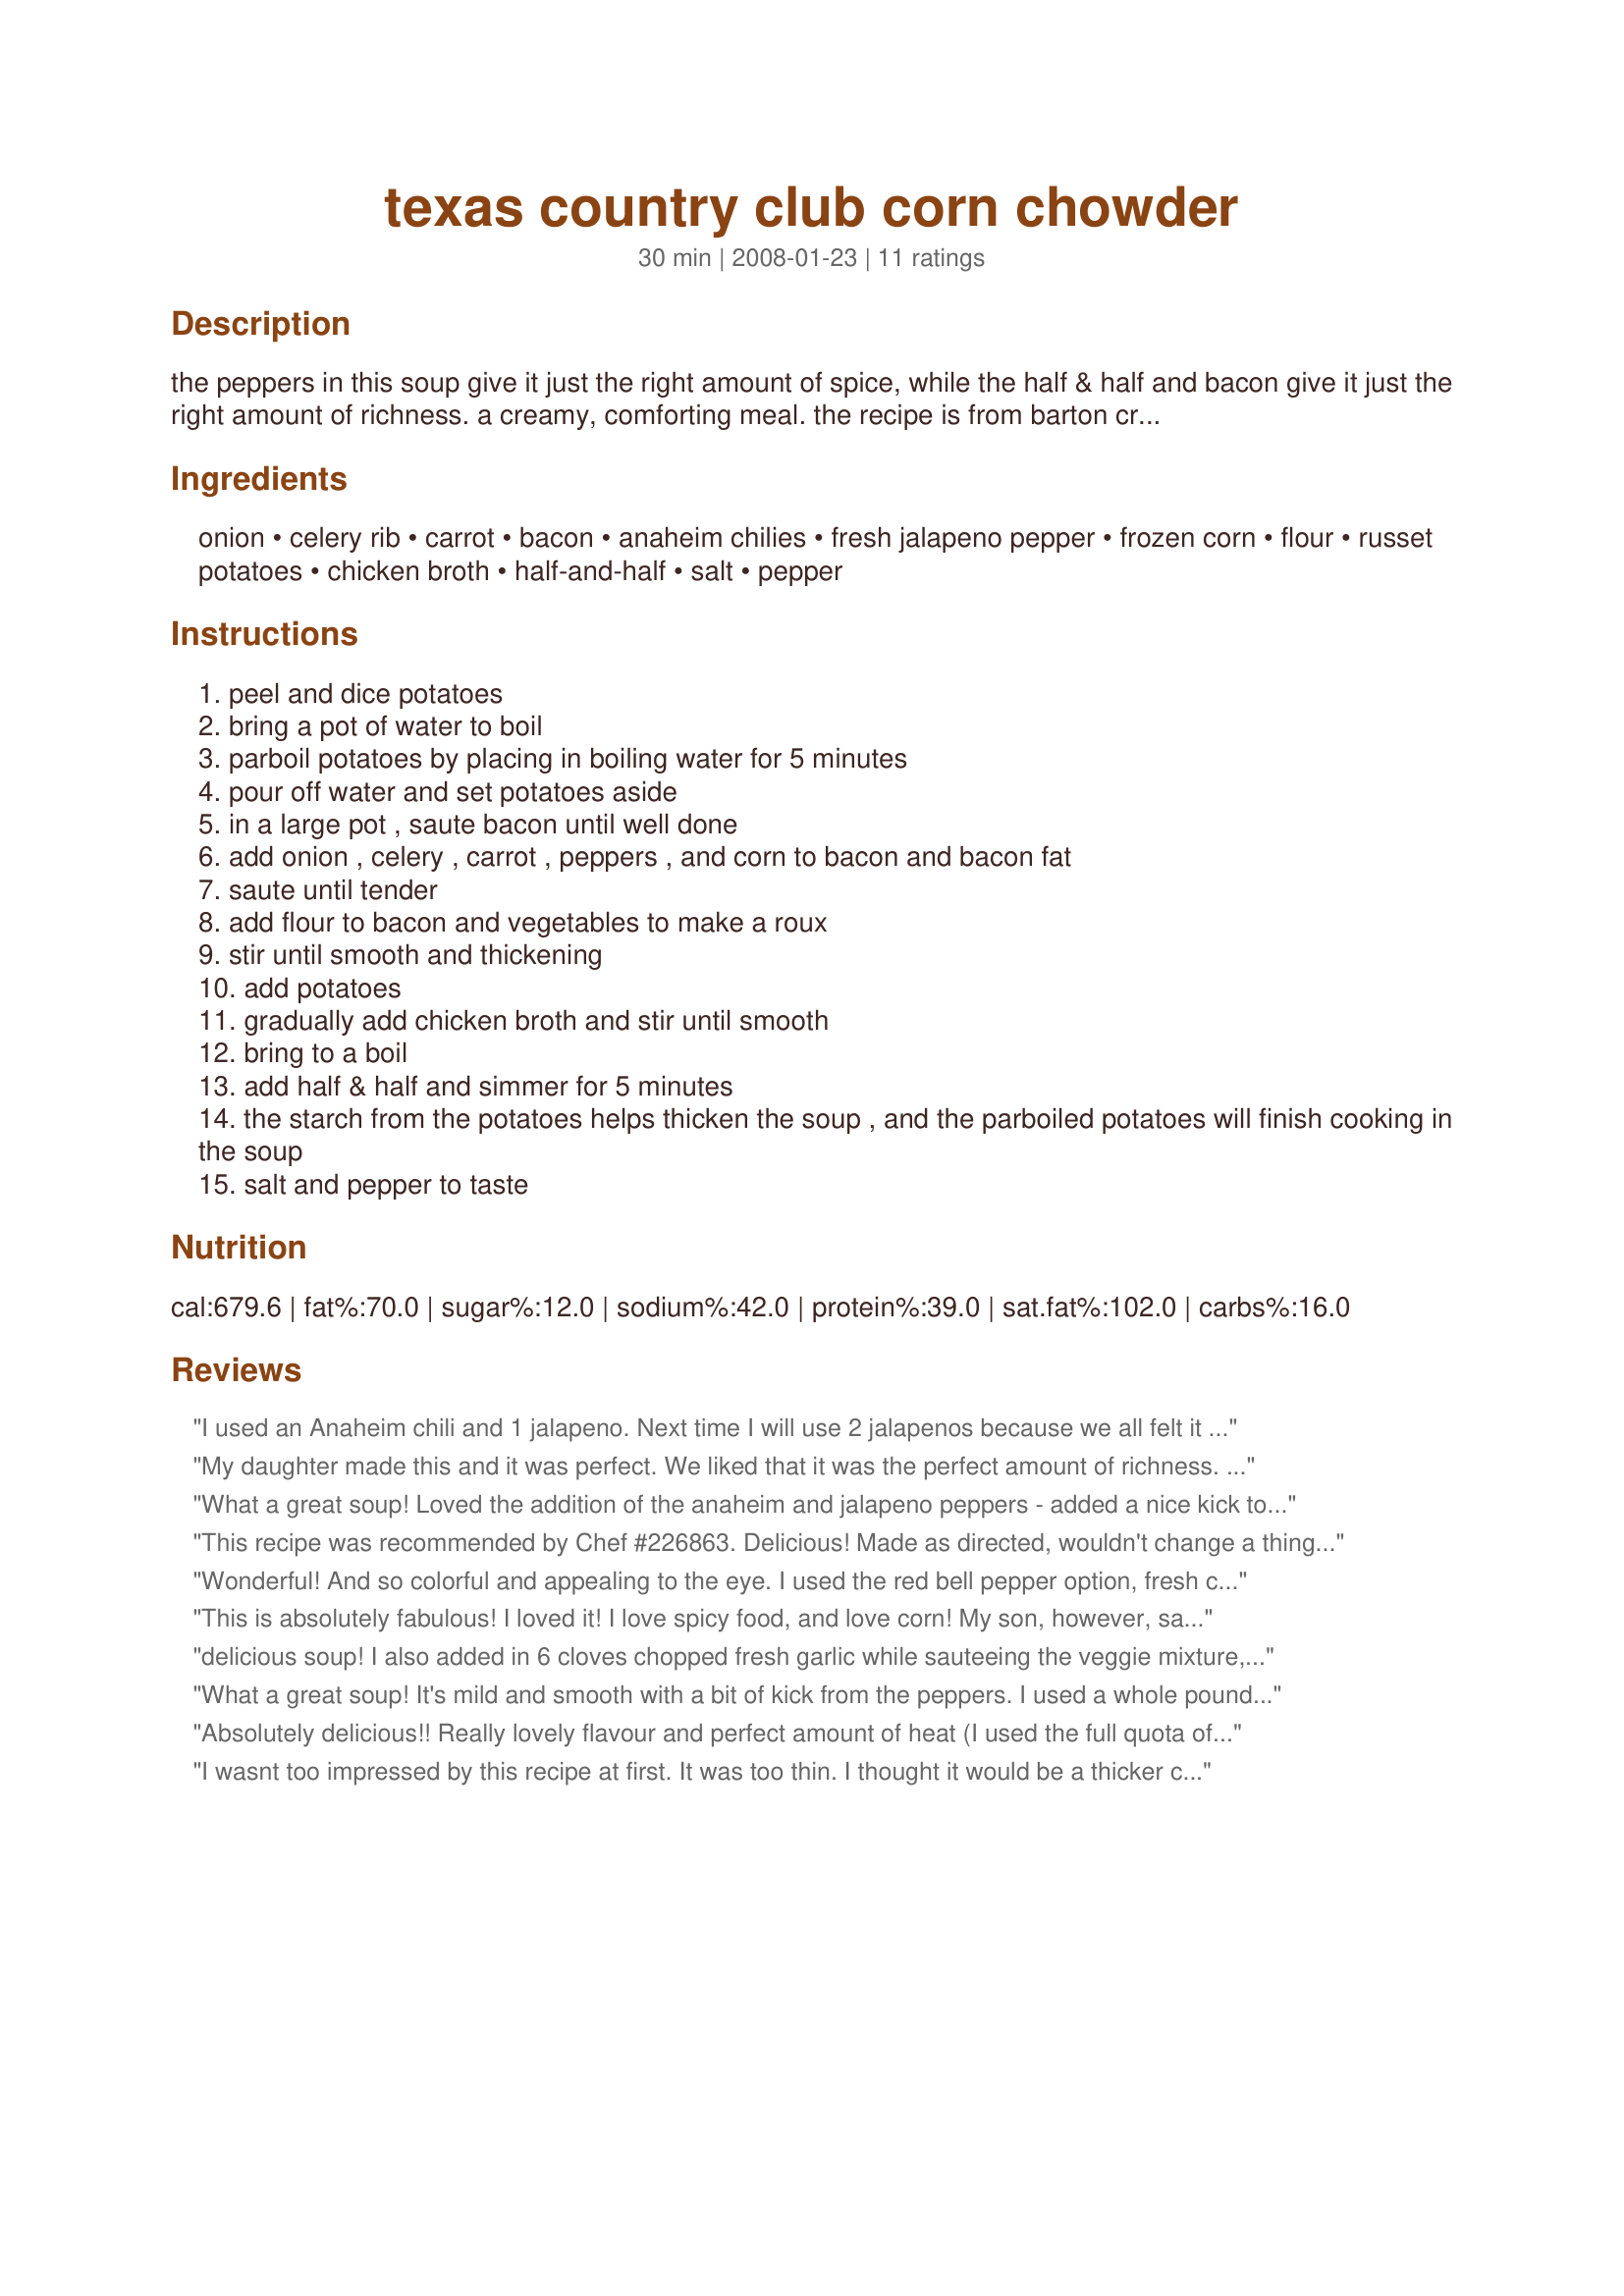
texas country club corn chowder
Preparation time: 30 minutes

the peppers in this soup give it just the right amount of spice, while the half & half and bacon give it just the right amount of richness. a creamy, comforting meal. the recipe is from barton creek country club in austin, tx. i clipped it from the austin-american statesman many years ago.

Ingredients:
onion, celery rib, carrot, bacon, anaheim chilies, fresh jalapeno pepper, frozen corn, flour, russet potatoes, chicken broth, half-and-half, salt, pepper

Steps:
peel and dice potatoes
bring a pot of water to boil
parboil potatoes by placing in boiling water for 5 minutes
pour off water and set potatoes aside
in a large pot , saute bacon until well done
add onion , celery , carrot , peppers , and corn to bacon and bacon fat
saute until tender
add flour to bacon and vegetables to make a roux
stir until smooth and thickening
add potatoes
gradually add chicken broth and stir until smooth
bring to a boil
add half & half and simmer for 5 minutes
the starch from the potatoes helps thicken the soup , and the parboiled potatoes will finish cooking in the soup
salt and pepper to taste

Reviews:
I used an Anaheim chili and 1 jalapeno. Next time I will use 2 jalapenos because we all felt it needed a little more flavor. I would also cut back on the 1/2 &amp; 1/2 or broth, as it was a little thinner than we would have liked. It was a good, but I will do some tweaking if I make it again.
My daughter made this and it was perfect. We liked that it was the perfect amount of richness. It was really thick at first, so she mixed in half a cup of water and corn starch in a slurry and it made the soup thicker. Instead of boiling potatoes on a pot, my daughter did it in the microwave. (She didn&#039;t want to wash a pot....lazy I guess.) The carrots weren&#039;t cooked all the way so she put the soup in the microwave for 4 minutes and as she says it in a squeaky voice, &quot;Perfection!&quot; YUM is what I say :).

A side note....We froze this and it freezes well....My daughter says it&#039;s even BETTER after frozen. She also reheated it with some cheddar cheese and said it was amazing!!!!! My whole family enjoyed it. :)
What a great soup! Loved the addition of the anaheim and jalapeno peppers - added a nice kick to this rich and creamy soup. This recipe makes a lot - looking forward to leftovers for lunch - thanks for posting the recipe!
This recipe was recommended by Chef #226863. Delicious! Made as directed, wouldn't change a thing, but might add some cooked & chopped chicken breast or even some fish next time. Thanks for sharing. :)
Wonderful! And so colorful and appealing to the eye. I used the red bell pepper option, fresh corn, low sodium broth and omitted the salt (personal preference). The potatoes thickened the soup up wonderfully! Thanks for sharing!
This is absolutely fabulous! I loved it! I love spicy food, and love corn! My son, however, said he preferred my regular potato soup, and only ate 1/4 of the bowl. Personally, I will make this again for myself! i LOVED it.
delicious soup! I also added in 6 cloves chopped fresh garlic while sauteeing the veggie mixture, used 2 jalapenos and red bell pepper I also added in 2 teaspoons crushed chili flakes, wonderful soup, thanks for sharing appley!
What a great soup! It's mild and smooth with a bit of kick from the peppers. I used a whole pound of bacon for it and added a bit more celery, but everything else was the same. It's so smooth and delicious, and the flavor really melds together even more the next day. Wonderful, can't wait to make it again. Made and Reviewed for PRMR - Thanks! :)
Absolutely delicious!! Really lovely flavour and perfect amount of heat (I used the full quota of chilli).A minimum amount of effort results in a good,hearty and very tasty meal.This one goes in the keeper file,thanks Appley Dapply.Made for 1-2-3 Hit Wonders.
I wasnt too impressed by this recipe at first. It was too thin. I thought it would be a thicker chowder. Just when I was discouraged It started to thicken up to the perfect consistancy. So just keep stirring and heating it, it may take a while. I only ended up using 3 cups half & half instead of the whole quart. I am so glad I didnt use the full amount because the full quart would have made more soup consistancy than chowder so depending on your preference keep that in mind. Next time I wont dice my potatoes as small. I prefered bigger chunks. I also will chop everything before starting. I was going crazy trying to chop everything while the bacon grease was splatering away everywhere. Another word of advice. Dont toss the bacon peices into the soup to cook. Just take the crumbled bacon and serve it on the side so they dont get soggy, especially when keeping leftovers. I am plesantly surprised that there was as much flavor considering there are not any spices really other than salt and pepper, but dont be scared because it tastes great. Thanks for sharing!
A wonderful, tasty, mid/winter treat for us on the farm. We absolutely adored this, and made exactly, except garnished this with crab back-fin lumps on the top and a bit of paprika. I wouldn't change and didn't change anything except for the garnish ~ it all went together very easily, and had everything on hand. Oh yes, I did halve this, but that was nary a problem. This is a meal in it's self, so don't plan on eating a bigger meal afterward. Good for filling you up with goodness! Thanks appleydapply! Made for your win in *Everyday is a Holiday* January 2009.
